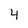
Character: 4